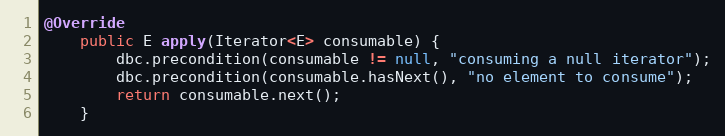
Language: Java
@Override
    public E apply(Iterator<E> consumable) {
        dbc.precondition(consumable != null, "consuming a null iterator");
        dbc.precondition(consumable.hasNext(), "no element to consume");
        return consumable.next();
    }